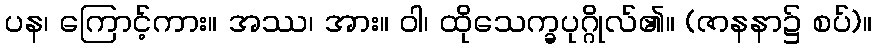
ပန၊ ကြောင့်ကား။ အဿ၊ အား။ ဝါ၊ ထိုသေက္ခပုဂ္ဂိုလ်၏။ (ဇာနနာ၌ စပ်)။